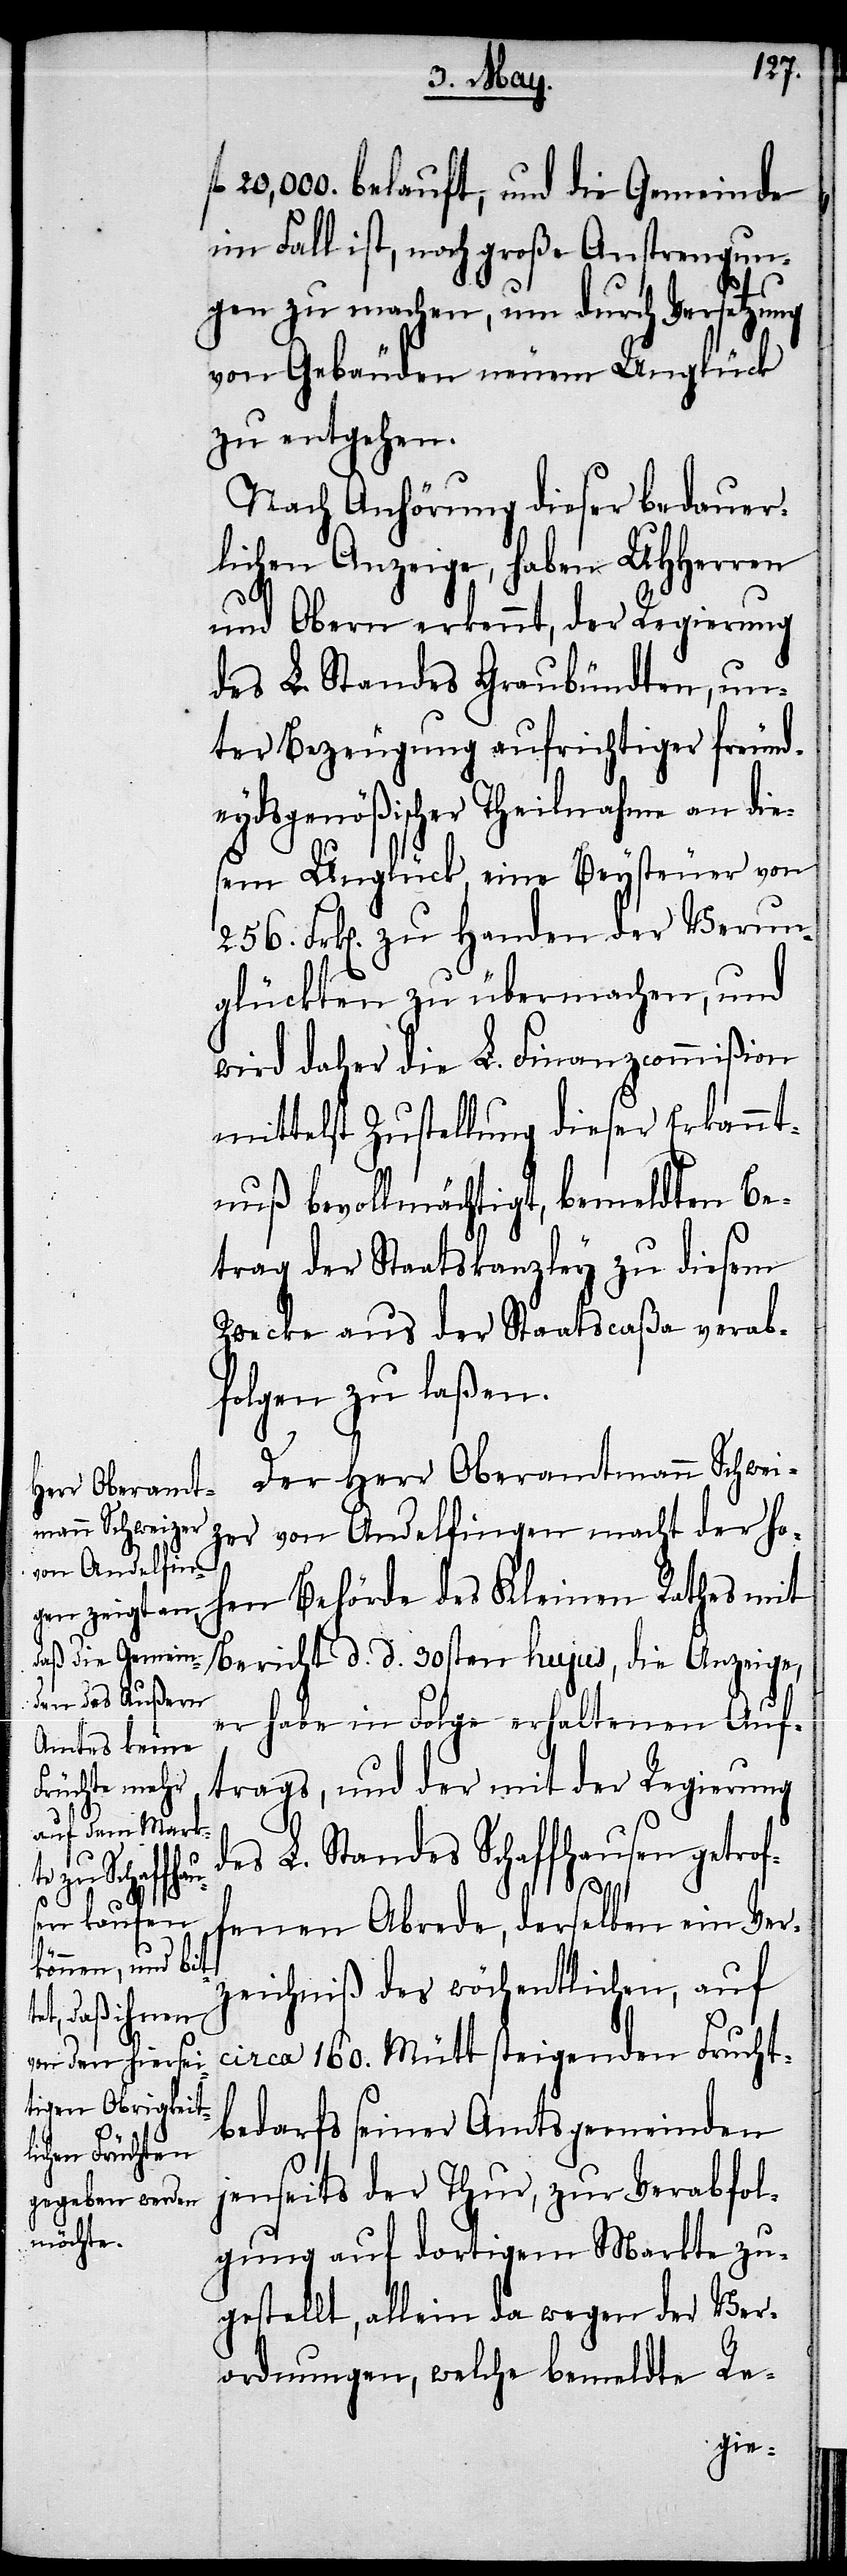
fl.

20‘000. belauft, und die Gemeinde
im Fall ist, noch große Anstrengun¬
gen zu machen, um durch Versetzung
von Gebäuden neuem Unglück
zu entgehen.
Nach Anhörung dieser bedauer¬
lichen Anzeige, haben UHHerren
und Obern erkennt, der Regierung
des L. Standes Graubündten, un¬
ter Bezeugung aufrichtiger freund¬
eydsgenößischer Theilnahme an die¬
sem Unglück, eine Beysteuer von
256. Frk[en]. zu Handen der Verun¬
glückten zu übermachen, und
wird daher die L. Finanzcommißion
mittelst Zustellung dieser Erkannt¬
nuß bevollmächtigt, bemeldten Be¬
trag der Staatskanzley zu diesem
Zwecke aus der Staatscaßa verab¬
folgen zu laßen.
Der Herr Oberamtmann Schwei¬
zer von Andelfingen macht der ho¬
hen Behörde des Kleinen Rathes mit
Bericht d. d. 30sten hujus, die Anzeige,
er habe in Folge erhaltenen Auf¬
trags, und der mit der Regierung
des L. Standes Schaffhausen getrof¬
fenen Abrede, derselben ein Ver¬
zeichniß des wöchentlichen, auf
circa 160. Mütt steigenden Frucht¬
bedarfs seiner Amtsgemeinden
jenseits der Thur, zur Verabfol¬
gung auf dortigem Markte zu¬
gestellt, allein da wegen der Ver¬
ordnungen, welche bemeldte Re-